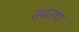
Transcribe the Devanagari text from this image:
उपउष्ण